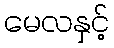
မေလနှင့်